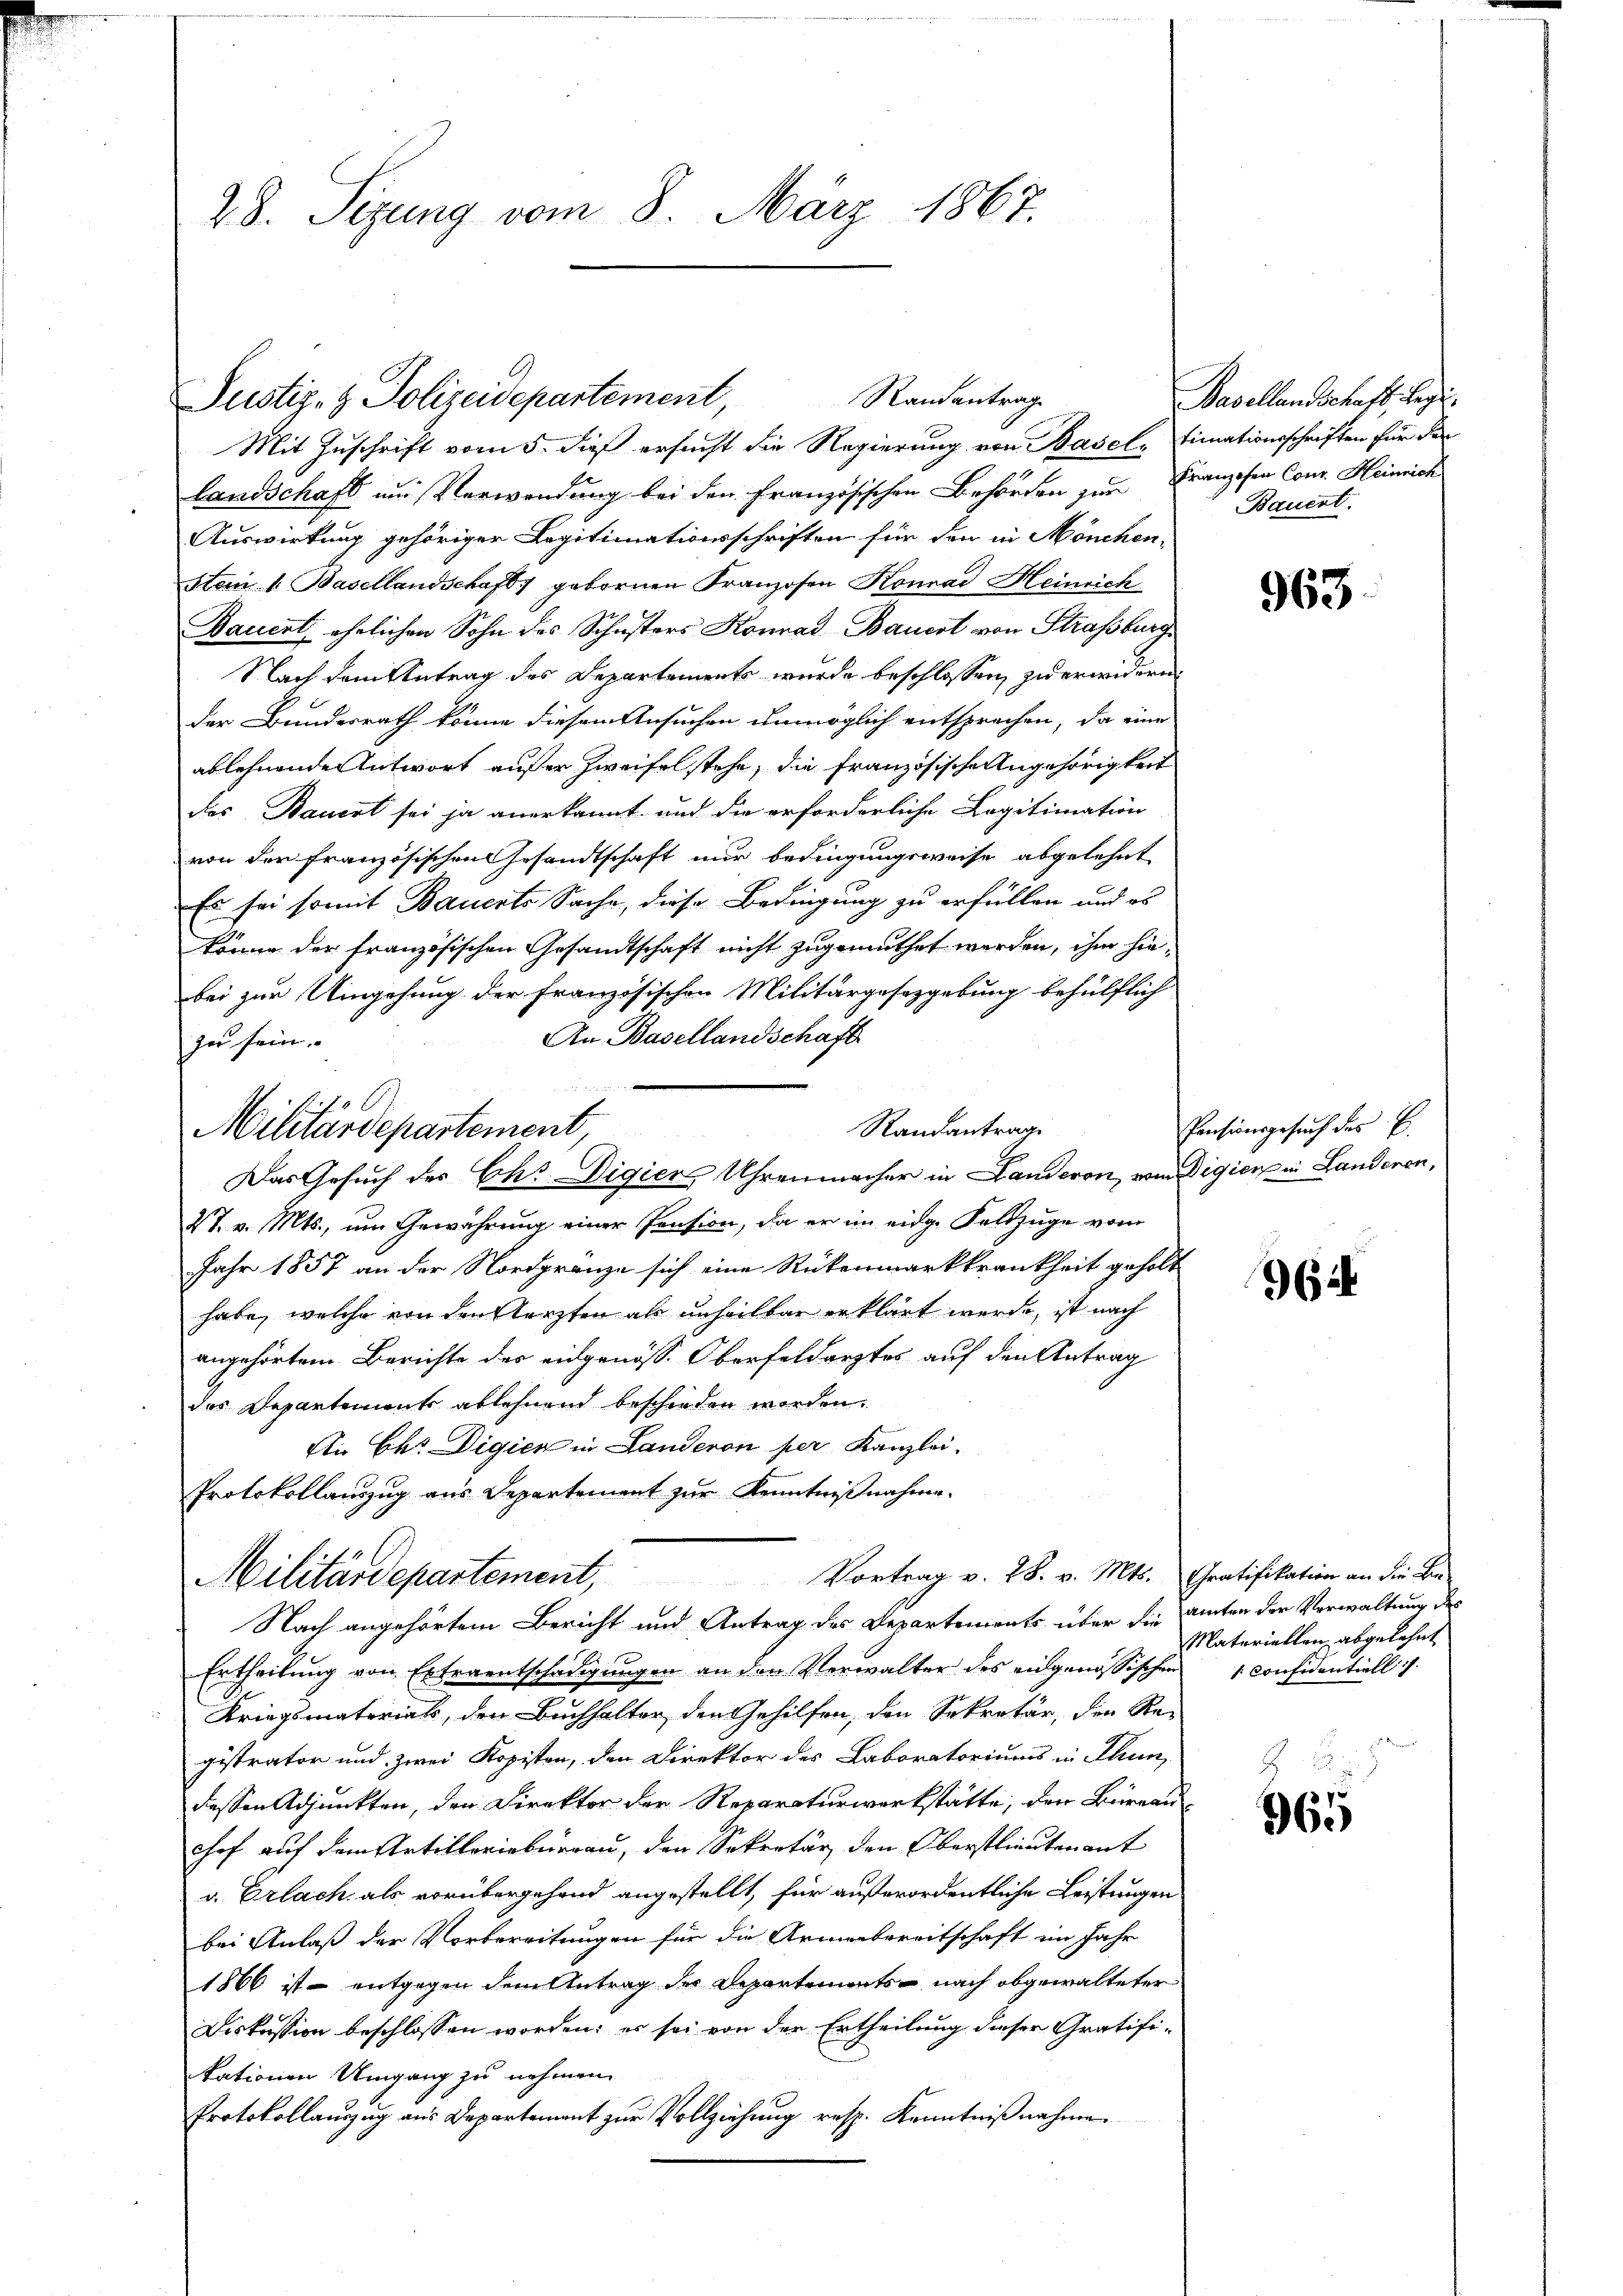
28. Sizung vom 8. März 1867.

Mit Zuschrift vom 5. dieß ersucht die Regierung von Baseln Finationsschriften für der
Landschaft und Verwendung bei den Französischen Behörden zur Franzosen Conr. Heinrich
Auswirkung gehöriger Legitimationsschriften für den in Mönchen-
stem. 1. Basellandschaft gebornen Franzosen Konrad Heinrich
Bauert, ehelichen Sohn des Schusters Konrad Bauert von Straßburg
Nach dem Antrag des Departemente wurde beschlossen, zu erwidern
der Bundesrath könne diesem Ansuchen unmöglich entsprechen, da eine
ablehnende Antwort außer Zweifel stehe, die französische Angehörigkeit
des Bauert sei ja anerkannt und die erforderliche Legitimation
von der französischen Gesandtschaft nur bedingungsweise abgelehnt
Es sei somit Bauerte Sache, diese Bedingung zu erfüllen und es
könne der französischen Gesandtschaft nicht zugemuthet werden, ihm hiebei zur Umgehung der französischen Militärgesetzgebung behülflich
An Basellandschaft
zu sein.
Randantrag
2t. v. Mts., um Gewährung einer Pension, da er im eidg. Feldzüge vom
Jahr 1857 an der Nordgränze sich eine Rückenmarkkrankheit geholt
habe, welche von den stürzten als unheilbar erklärt werde, ist nach
angehörtem Berichte des eidgenöss. Oberfeldarztes auf den Antrag
das Departements ablehnend beschieden worden.
Ain Chr. Digien in Landeron per Kanzlei.
Protokollanzug aus Departement zur Kenntnißnahme.
Vortrag v. 28. v. Mts. Gratifikation an die Be¬

Militärdepartement,
Nach angehörtem Bericht und Antrag des Departements über die amten der Verwaltung des
Ertheilung von Extraentschädigungen an den Verwalter des angenössischen Considentiell i
Kriegsmaterials, den Buchhalter den Gehilfen, den Sekretär, den Re-
gistrator und zwei Kopisten, den Direktor des Laboratoriums in Thun,
dessen Adjunkten, den Direktor der Reparaturwerkstätte, den Büreau-
hof auf dem Artillerieberrau, den Sekretär den Oberstlieutenant
v. Erlach als vorübergehend angestellt, für außerordentliche Leistungen
bei Anlaß der Vorbereitungen für die Armenbereitschaft im Jahr
1866 ist – entgegen dem Antrag des Departements nach abgewalteter
Diskussion beschlossen worden; es sei von der Ertheilung dieser Gratifikationen Umgang zu nehmen.
Protokollanzug aus Departement zur Vollziehung resp. Kenntnißnahme.

Randantrag
Justiz- & Polizeidepartement,

Militärdepartement,
Das Gesuch des Chr. Digier Uhrenmacher in Landeron, wo digien in Landeren,

Basellandschaft begi
Bauert.

963.

Pensionsgesuch des E

962

Materiellen abgelehnt

365